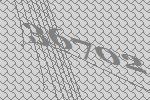
36702